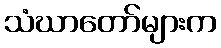
သံဃာတော်များက